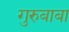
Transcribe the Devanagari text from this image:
गुरुबाबा